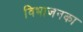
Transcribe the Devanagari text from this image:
विभाजनका